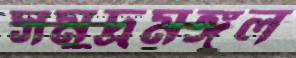
সমুদ্রমঙ্গল